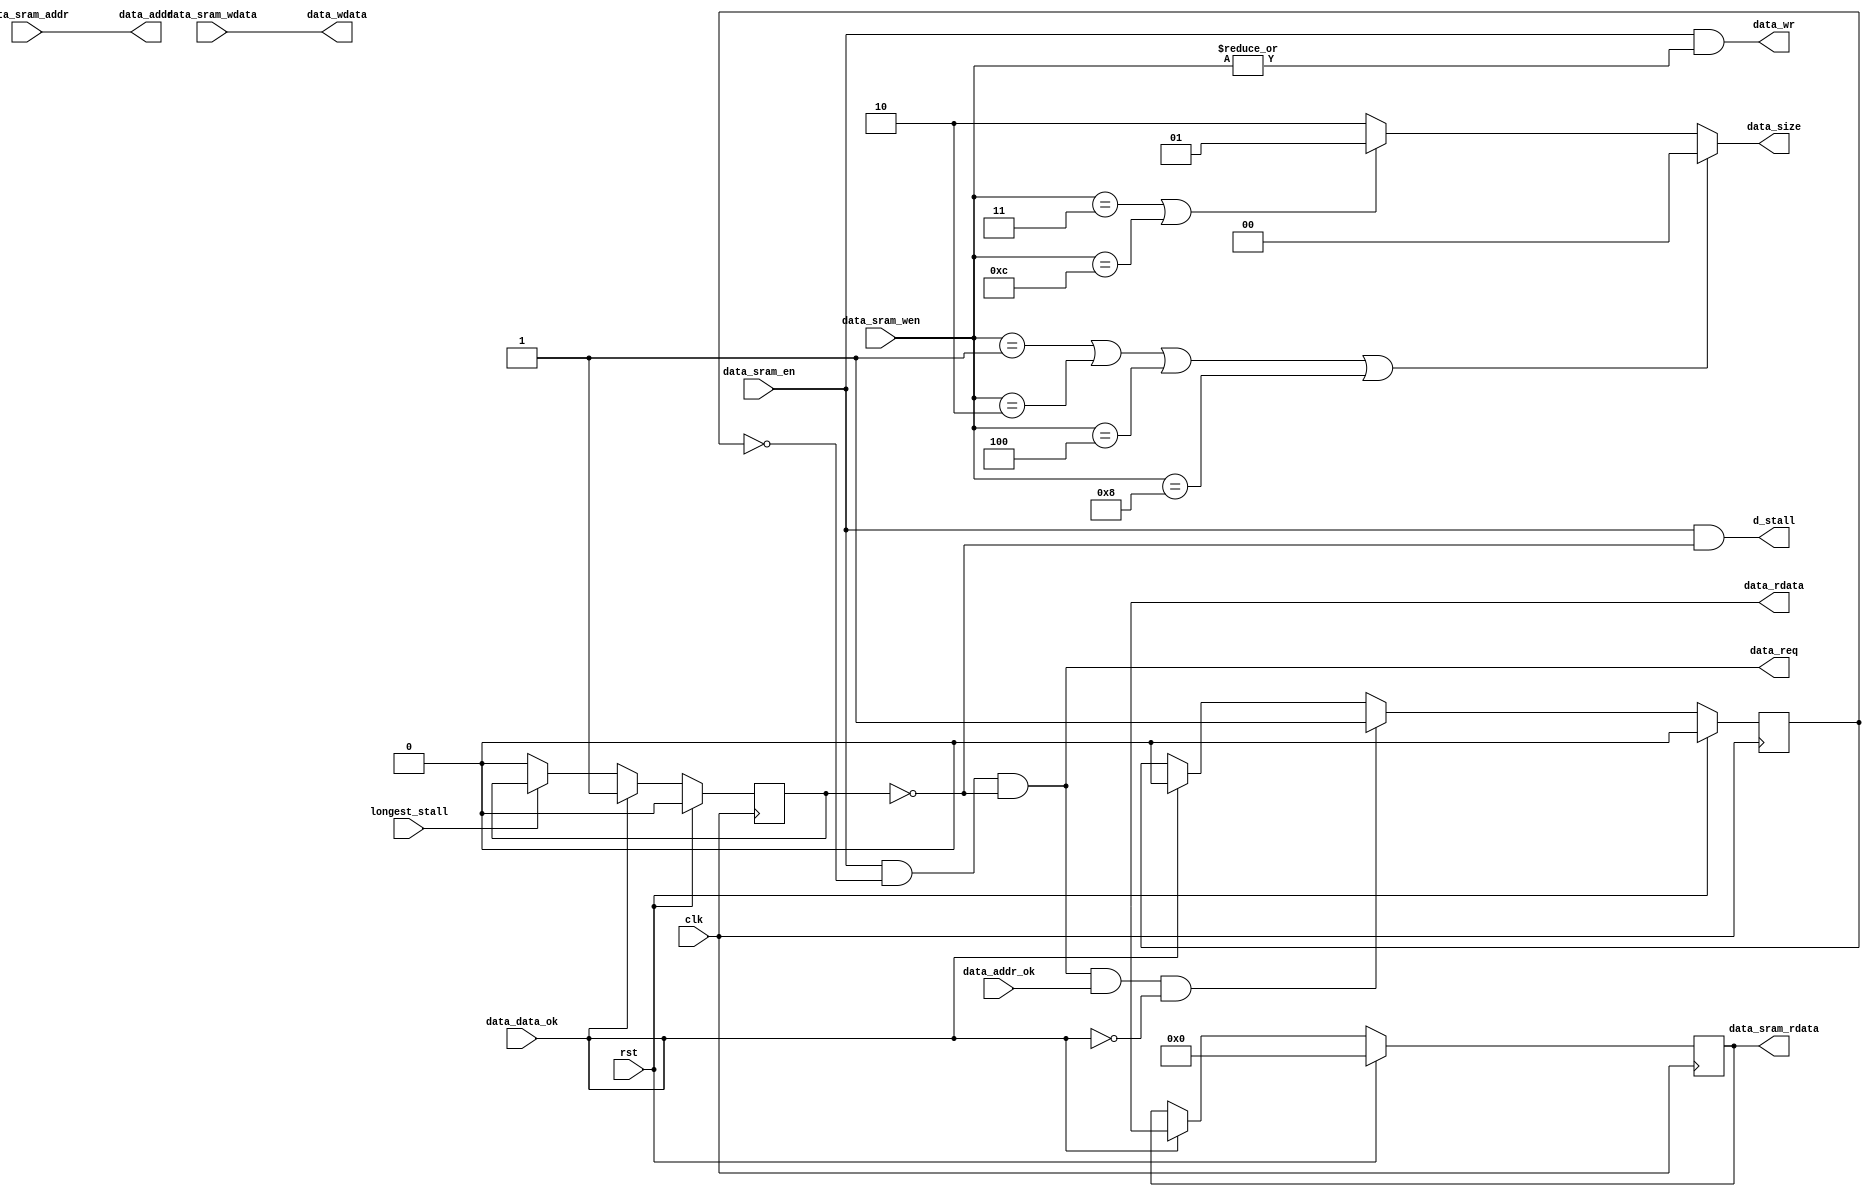
module d_sram2sraml(
    input wire clk,rst,

    //sram
    input wire          data_sram_en,
    input wire  [3:0]   data_sram_wen,
    input wire  [31:0]  data_sram_addr,
    output wire [31:0]  data_sram_rdata,
    input wire  [31:0]  data_sram_wdata,
    output wire         d_stall,
    input wire          longest_stall,

    //sram_like
    output wire         data_req,
    output wire         data_wr,
    output wire [1:0]   data_size,
    output wire [31:0]  data_addr,
    output wire [31:0]  data_wdata,
    output wire [31:0]  data_rdata,
    input wire          data_addr_ok,
    input wire          data_data_ok
);

reg addr_rcv;
reg do_finish;

always @(posedge clk) begin
    addr_rcv <= rst ? 1'b0:
                data_req & data_addr_ok & ~data_data_ok ? 
                1'b1:
                data_data_ok ? 1'b0 : addr_rcv;
end

always @(posedge clk) begin
    do_finish <= rst ? 1'b0:
                data_data_ok ? 1'b1 :
                ~longest_stall ? 1'b0 : do_finish;
end

reg [31:0] data_rdata_save;
always @(posedge clk) begin
    data_rdata_save <= rst ? 32'b0:
                        data_data_ok ? data_rdata :
                        data_rdata_save;
end

assign data_req = data_sram_en & ~addr_rcv & ~do_finish;
assign data_wr = data_sram_en & |data_sram_wen;
assign data_size = (data_sram_wen == 4'b0001||
data_sram_wen == 4'b0010 || data_sram_wen == 4'b0100 || 
data_sram_wen == 4'b1000) ? 2'b00:
                    (data_sram_wen == 4'b0011 || 
                    data_sram_wen==4'b1100) ? 2'b01:
                    2'b10;
assign data_addr = data_sram_addr;
assign data_wdata = data_sram_wdata;

//sram

assign data_sram_rdata = data_rdata_save;
assign d_stall = data_sram_en & ~do_finish;

endmodule